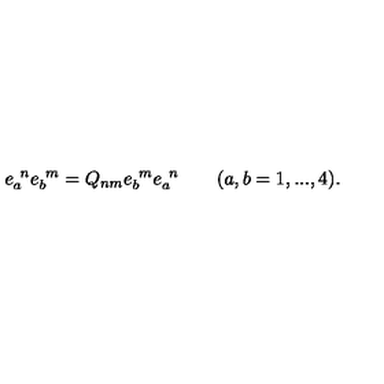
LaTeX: e _ { a } ^ { \ n } e _ { b } ^ { \ m } = Q _ { n m } e _ { b } ^ { \ m } e _ { a } ^ { \ n } \qquad ( a , b = 1 , . . . , 4 ) .